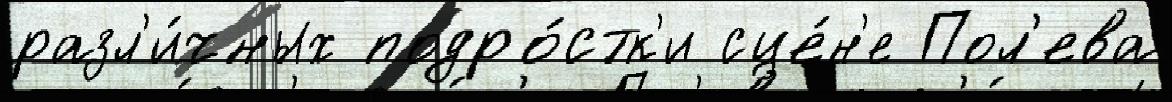
разл'и́чных подро́стк'и сце́н'е Пол'ева